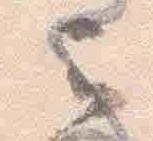
云